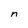
Character: n